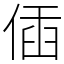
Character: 偛